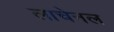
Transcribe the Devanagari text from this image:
लाचेनल